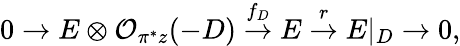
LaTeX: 0\rightarrow E\otimes{\cal O}_{\pi^{*}z}(-D)\stackrel{f_{D}}{\rightarrow}E\stackrel{r}{\rightarrow}E|_{D}\rightarrow 0,